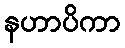
နဟာပိကာ